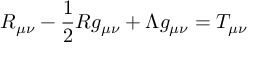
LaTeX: R _ { \mu \nu } - { \frac { 1 } { 2 } } R g _ { \mu \nu } + \Lambda g _ { \mu \nu } = T _ { \mu \nu }